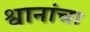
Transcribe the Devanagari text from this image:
श्वानांचा